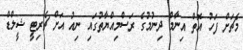
މެޗަށް ފަހު އޮތް އިނާމް ދިނުމުގެ ރަސްމިއްޔާތުގައި ނިއު އަށް ޗެރިޓީ ޝީލްޑް